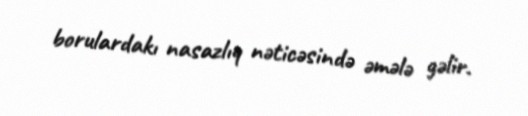
borulardakı nasazlıq nəticəsində əmələ gəlir.